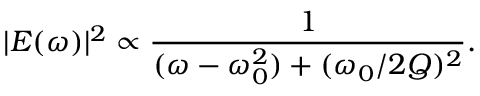
| E ( \omega ) | ^ { 2 } \propto \frac { 1 } { ( \omega - \omega _ { 0 } ^ { 2 } ) + ( \omega _ { 0 } / 2 Q ) ^ { 2 } } .